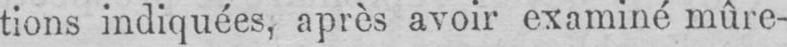
tions indiquées, après avoir examiné mûre-